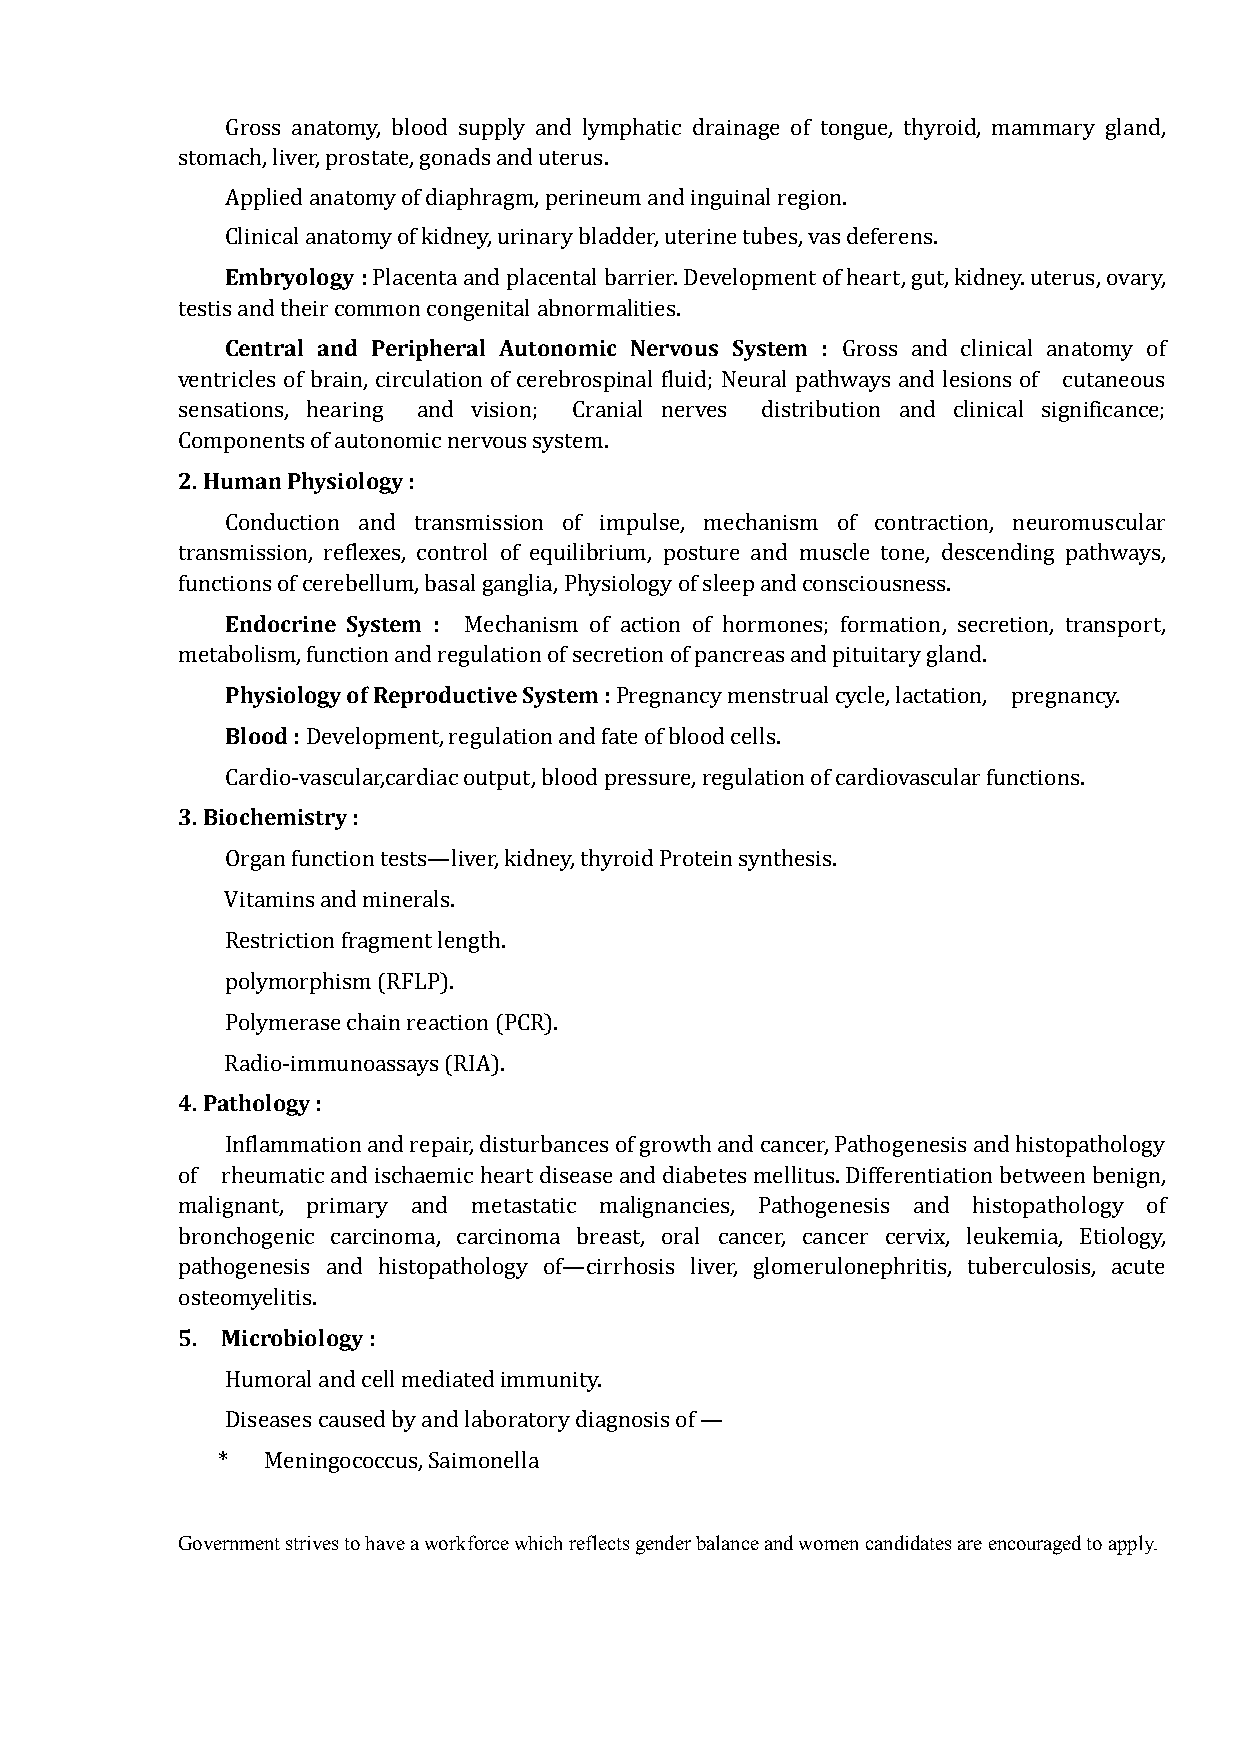
Gross anatomy, blood supply and lymphatic drainage of tongue, thyroid, mammary gland,
 stomach, liver, prostate, gonads and uterus.
 Applied anatomy of diaphragm, perineum and inguinal region.
 Embryology :
 Clinical anatomy of kidney, urinary bladder, uterine tubes, vas deferens.
 Placenta and placental barrier. Development of heart, gut, kidney. uterus, ovary,
 Central and Peripheral Autonomic Nervous System :
 testis and their common congenital abnormalities.
 Gross and clinical anatomy of
 ventricles of brain, circulation of cerebrospinal fluid; Neural pathways and lesions of cutaneous
 sensations, hearing and vision; Cranial nerves distribution and clinical significance;
 2. Human Physiology :
 Components of autonomic nervous system.
 Conduction and transmission of impulse, mechanism of contraction, neuromuscular
 transmission, reflexes, control of equilibrium, posture and muscle tone, descending pathways,
 Endocrine System :
 functions of cerebellum, basal ganglia, Physiology of sleep and consciousness.
 Mechanism of action of hormones; formation, secretion, transport,
 Physiology of Reproductive System :
 metabolism, function and regulation of secretion of pancreas and pituitary gland.
 Blood :
 Pregnancy menstrual cycle, lactation, pregnancy.
 Development, regulation and fate of blood cells.
 3. Biochemistry :
 Cardio-vascular,cardiac output, blood pressure, regulation of cardiovascular functions.
 Organ function tests—liver, kidney, thyroid Protein synthesis.
 Vitamins and minerals.
 Restriction fragment length.
 polymorphism (RFLP).
 Polymerase chain reaction (PCR).
 4. Pathology :
 Radio-immunoassays (RIA).
 Inflammation and repair, disturbances of growth and cancer, Pathogenesis and histopathology
 of rheumatic and ischaemic heart disease and diabetes mellitus. Differentiation between benign,
 malignant, primary and metastatic malignancies, Pathogenesis and histopathology of
 bronchogenic carcinoma, carcinoma breast, oral cancer, cancer cervix, leukemia, Etiology,
 pathogenesis and histopathology of—cirrhosis liver, glomerulonephritis, tuberculosis, acute
 5. Microbiology :
 osteomyelitis.
 Humoral and cell mediated immunity.
 Diseases caused by and laboratory diagnosis of —
 *  Meningococcus, Saimonella
 Government strives to have a workforce which reflects gender balance and women candidates are encouraged to apply.